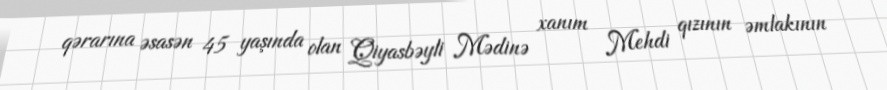
qərarına əsasən 45 yaşında olan Qiyasbəyli Mədinə xanım Mehdi qızının əmlakının